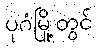
ပုဂံမြို့တွင်